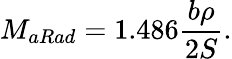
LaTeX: M_{aRad}=1.486\frac{b\rho}{2S}.